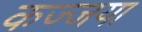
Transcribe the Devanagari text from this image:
कज्जया